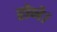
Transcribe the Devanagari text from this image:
होने।